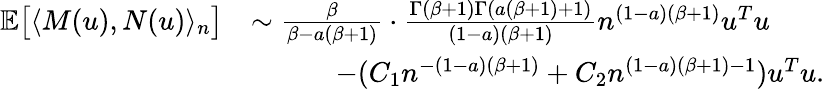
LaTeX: \begin{array}{rl}{\mathbb{E}\big[\langle M(u),N(u)\rangle_{n}\big]}&{\sim\frac{\beta}{\beta-a(\beta+1)}\cdot\frac{\Gamma(\beta+1)\Gamma(a(\beta+1)+1)}{(1-a)(\beta+1)}n^{(1-a)(\beta+1)}u^{T}u}\\ &{\quad\quad\quad-(C_{1}n^{-(1-a)(\beta+1)}+C_{2}n^{(1-a)(\beta+1)-1})u^{T}u.}\end{array}